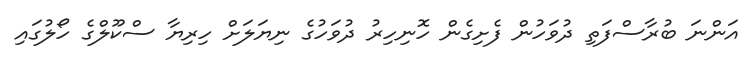
އަންނަ ބުރާސްފަތި ދުވަހުން ފެށިގެން ހޮނިހިރު ދުވަހުގެ ނިޔަލަށް ހިރިޔާ ސްކޫލްގެ ހޯލުގައި